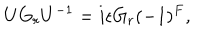
U G _ { r } U ^ { - 1 } = i \epsilon G _ { r } ( - 1 ) ^ { F } ,